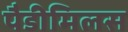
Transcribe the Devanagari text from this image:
पैडीमिलस